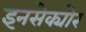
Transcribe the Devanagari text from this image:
इनसेक्योर